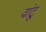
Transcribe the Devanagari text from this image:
वांटू